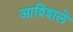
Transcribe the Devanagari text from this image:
आश्शिले